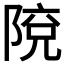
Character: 𨺥